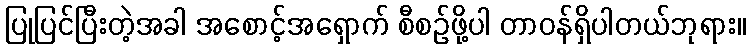
ပြုပြင်ပြီးတဲ့အခါ အစောင့်အရှောက် စီစဉ်ဖို့ပါ တာဝန်ရှိပါတယ်ဘုရား။